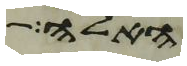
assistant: האלה